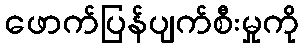
ဖောက်ပြန်ပျက်စီးမှုကို